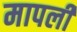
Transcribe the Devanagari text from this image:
मापली